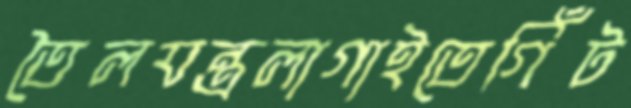
তৈলযন্ত্রলাগাইতেগিঁট